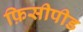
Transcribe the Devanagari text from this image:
फ़िसीपीड